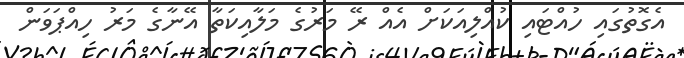
އެގޮތުގައި ހުއްޓައި ކުއްލިއަކަށް އެއް ރޭ މަރުގެ މަލާއިކަތާ އޭނާގެ މަރު ހިއްޕަވަން